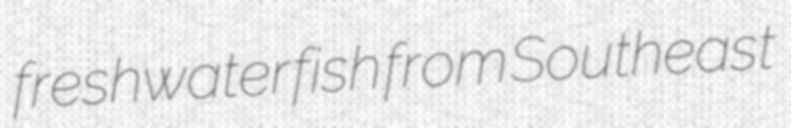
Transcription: freshwater fish from Southeast